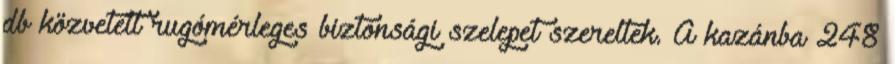
db közvetett rugómérleges biztonsági szelepet szereltek. A kazánba 248